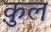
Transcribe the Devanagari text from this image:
क़ुल